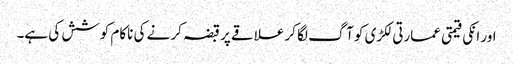
اور انکی قیمتی عمارتی لکڑی کو آگ لگا کر علاقے پر قبضہ کر نے کی ناکام کوشش کی ہے۔